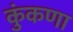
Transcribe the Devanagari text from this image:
कुंकणा